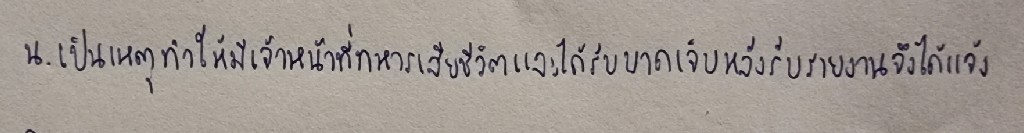
น.เป็นเหตุทำให้มีเจ้าหน้าที่ทหารเสียชีวิตและได้รับบาดเจ็บหลังรับรายงานจึงได้แจ้ง